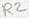
Text: R2